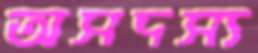
অসদস্য